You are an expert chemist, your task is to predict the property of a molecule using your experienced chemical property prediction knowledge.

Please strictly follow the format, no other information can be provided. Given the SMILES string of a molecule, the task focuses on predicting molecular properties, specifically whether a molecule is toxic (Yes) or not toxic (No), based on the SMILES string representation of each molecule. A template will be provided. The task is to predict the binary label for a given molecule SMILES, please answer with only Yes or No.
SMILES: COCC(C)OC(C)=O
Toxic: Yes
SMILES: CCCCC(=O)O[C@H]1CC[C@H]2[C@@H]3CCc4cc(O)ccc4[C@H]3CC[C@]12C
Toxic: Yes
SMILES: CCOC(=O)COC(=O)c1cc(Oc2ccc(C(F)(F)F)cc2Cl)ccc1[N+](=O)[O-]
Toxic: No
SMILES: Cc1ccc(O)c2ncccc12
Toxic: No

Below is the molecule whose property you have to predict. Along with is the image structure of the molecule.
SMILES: COc1cc(C(=O)OCCCN2CCCN(CCCOC(=O)c3cc(OC)c(OC)c(OC)c3)CC2)cc(OC)c1OC
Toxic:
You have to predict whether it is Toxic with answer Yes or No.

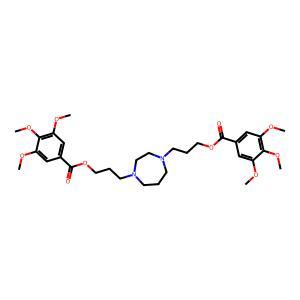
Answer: No